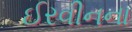
ઈરવીનના